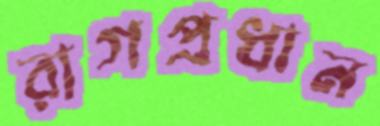
রাগপ্রধান